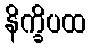
နိက္ခိပထ